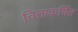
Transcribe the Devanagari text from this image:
चित्ताकर्षित